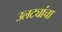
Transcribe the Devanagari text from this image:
उलट्यांचा